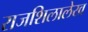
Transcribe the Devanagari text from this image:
राजशिलालेख